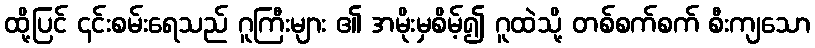
ထို့ပြင် ၎င်းစမ်းရေသည် ဂူကြီးများ ၏ အမိုးမှစိမ့်၍ ဂူထဲသို့ တစ်စက်စက် စီးကျသော